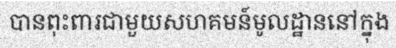
បានពុះពារជាមួយសហគមន៍មូលដ្ឋាននៅក្នុង